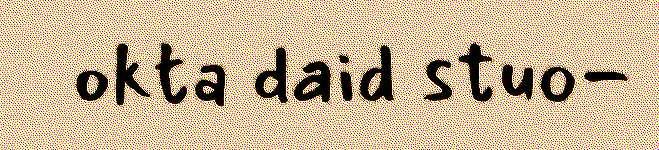
okta daid stuo-